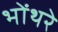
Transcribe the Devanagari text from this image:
भोंथरे